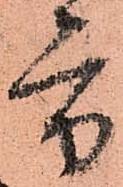
方